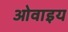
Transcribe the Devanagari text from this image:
ओवाइय